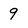
Character: 9